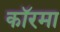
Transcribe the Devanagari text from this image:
कॉरमा